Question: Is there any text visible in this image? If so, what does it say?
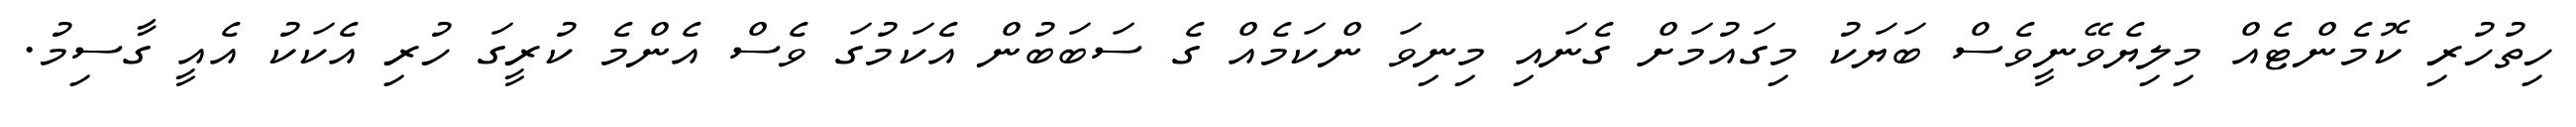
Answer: ހިތުހުރި ކޮމެންޓެއް މިލިޔެވޭނީވެސް ބަޔަކު މިގައުމަށް ގެނައި މިނިވަ ންކަމެއް ގެ ސަބަބުން އެކަމުގަ ވެސް އެންމެ ކުރީގަ ހުރި އެކަކު އެއީ ގާސިމު.